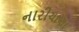
નારીચાણા